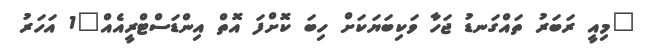
"މިއީ ރަބަރު ތައްގަނޑު ޖަހާ ވަކިބަޔަކަށް ހިބަ ކޮށްފަ އޮތް އިންޑަސްޓްރީއެއް"1 އަހަރު